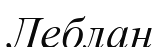
Леблан